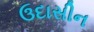
ઉદાસીન